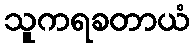
သူကရခတာယံ